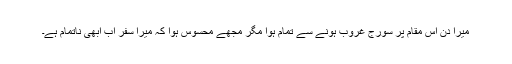
میرا دن اس مقام پر سورج غروب ہونے سے تمام ہوا مگر مجھے محسوس ہوا کہ میرا سفر اب ابھی ناتمام ہے۔